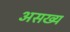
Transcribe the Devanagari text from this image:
असख्य